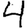
Digit: 4